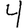
Digit: 4